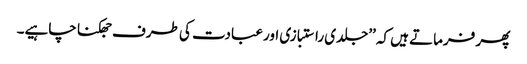
پھر فرماتے ہیں کہ ’’جلدی راستبازی اور عبادت کی طرف جھکنا چاہیے۔